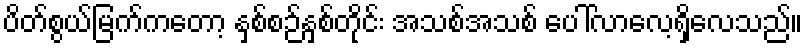
ပိတ်စွယ်မြက်ကတော့ နှစ်စဉ်နှစ်တိုင်း အသစ်အသစ် ပေါ်လာလေ့ရှိလေသည်။